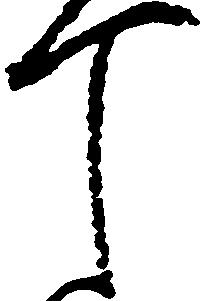
丁